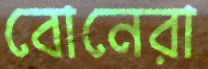
বোনেরা